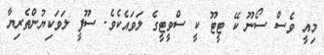
މިއީ ވެސް ސޯނޫ ކޭ ޓީޓޫ ކީ ސްވީޓީގެ ލަވައެކެވެ. ސޫފީ ލަވަކިޔުންތެރިޔާ